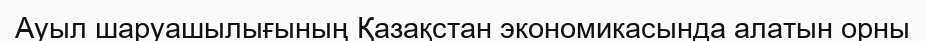
Ауыл шаруашылығының Қазақстан экономикасында алатын орны